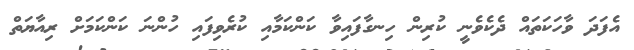
އެފަދަ ވާހަކަތައް ދެކެވެނީ ކުރިން ހިނގާފައިވާ ކަންކަމާއި ކުރެވިފައި ހުންނަ ކަންކަމަށް ރިއާޔަތް